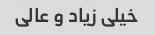
خیلی زیاد و عالی